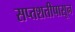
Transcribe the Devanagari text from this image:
सप्तशतीपासून